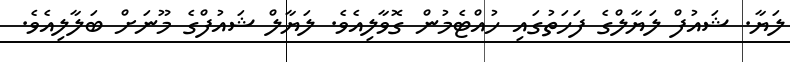
ލަޔާ. ޝައުފް ލަޔާލްގެ ފަހަތުގައި ހުއްޓެމުން ގޮވާލިއެވެ. ލަޔާލް ޝައުފްގެ މޫނަށް ބަލާލިއެވެ.